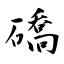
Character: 礄